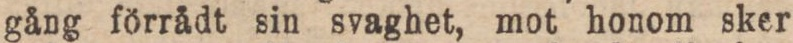
gång förrådt sin svaghet, mot honom sker